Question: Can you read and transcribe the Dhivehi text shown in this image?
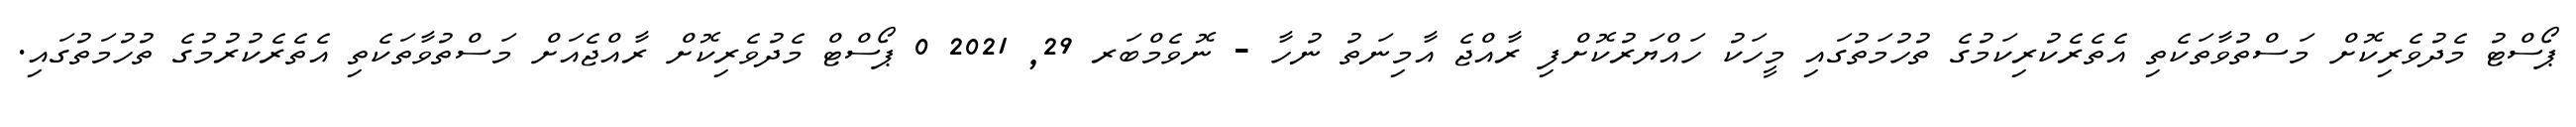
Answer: ޕޯސްޓު މެދުވެރިކޮށް މަސްތުވާތަކެތި އެތެރެކުރިކަމުގެ ތުހުމަތުގައި މީހަކު ހައްޔަރުކޮށްފި ރާއްޖެ އާމިނަތު ނުހާ - ނޮވެމްބަރ 29, 2021 0 ޕޯސްޓް މެދުވެރިކޮށް ރާއްޖެއަށް މަސްތުވާތަކެތި އެތެރެކުރުމުގެ ތުހުމަތުގައި.